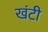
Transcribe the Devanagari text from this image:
खंटी